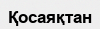
Қосаяқтан